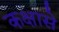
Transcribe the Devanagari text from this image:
कक्षासे